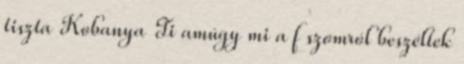
tiszta Kobanya Ti amúgy mi a f szomról beszéltek